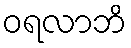
ဝရလာဘိ